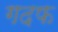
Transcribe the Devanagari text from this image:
गदफ